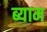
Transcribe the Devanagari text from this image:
ब्याम